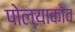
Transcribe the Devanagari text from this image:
पोल्याकोव